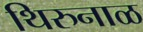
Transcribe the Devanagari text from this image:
थिरुनाळ